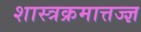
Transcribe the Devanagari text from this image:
शास्त्रक्रमात्तज्ज्ञ